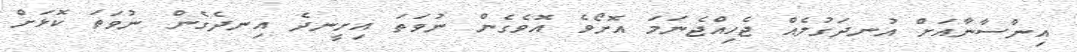
އިންސާނާއަށް އުނދަގުލެއް ޖެހިއްޖެނަމަ އޮށޯވެ އޮވެގެން ނުވަތަ އިށީނދެ އިނދެގެން ނުވަތަ ކޮޅަށް